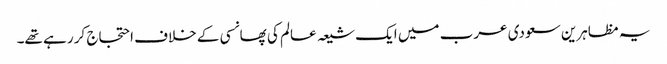
یہ مظاہرین سعودی عرب میں ایک شیعہ عالم کی پھانسی کے خلاف احتجاج کر رہے تھے۔